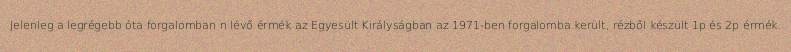
Jelenleg a legrégebb óta forgalomban n lévő érmék az Egyesült Királyságban az 1971-ben forgalomba került, rézből készült 1p és 2p érmék.